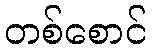
တစ်စောင်